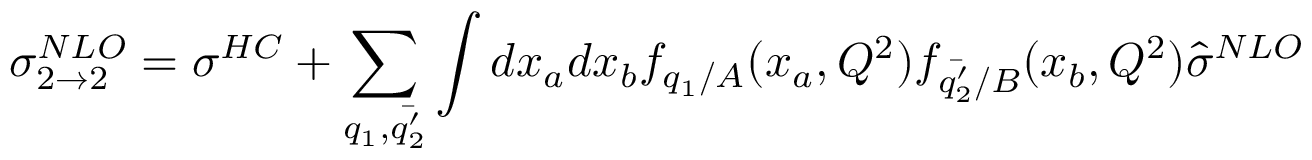
\sigma _ { 2 \rightarrow 2 } ^ { N L O } = \sigma ^ { H C } + \sum _ { q _ { 1 } , \bar { q _ { 2 } ^ { \prime } } } \int d x _ { a } d x _ { b } f _ { q _ { 1 } / A } ( x _ { a } , Q ^ { 2 } ) f _ { \bar { q _ { 2 } ^ { \prime } } / B } ( x _ { b } , Q ^ { 2 } ) \hat { \sigma } ^ { N L O }